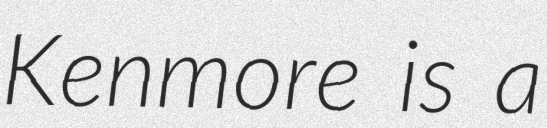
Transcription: Kenmore is a